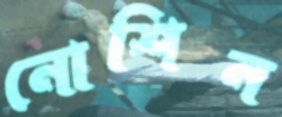
নোশিন